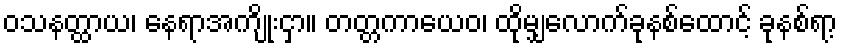
ဝသနတ္ထာယ၊ နေရာအကျိုးငှာ။ တတ္တကာယေဝ၊ ထိုမျှလောက်ခုနစ်ထောင့် ခုနစ်ရာ့